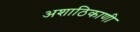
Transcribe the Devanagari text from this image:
अशाठिकाणी